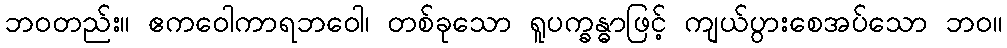
ဘဝတည်း။ ဧကဝေါကာရဘဝေါ၊ တစ်ခုသော ရူပက္ခန္ဓာဖြင့် ကျယ်ပွားစေအပ်သော ဘဝ။